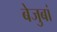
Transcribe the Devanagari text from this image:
बेजुबां